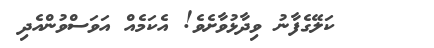
ކަލޭގެފާނު ވިދާޅުވާށެވެ! އެކަމެއް އަވަސްވުންއެދި